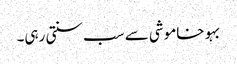
بہو خاموشی سے سب سنتی رہی۔